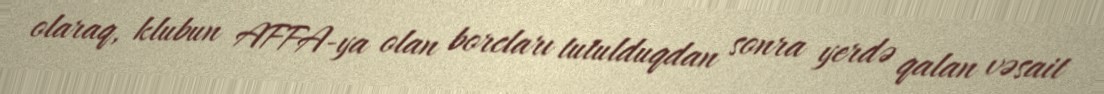
olaraq, klubun AFFA-ya olan borcları tutulduqdan sonra yerdə qalan vəsait